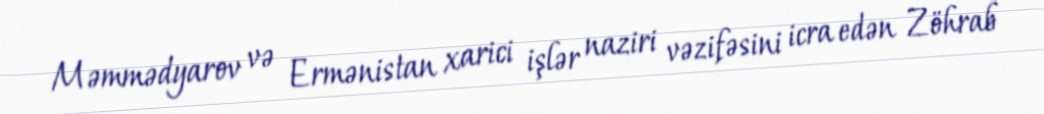
Məmmədyarov və Ermənistan xarici işlər naziri vəzifəsini icra edən Zöhrab